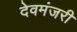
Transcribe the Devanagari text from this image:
देवमंजरी